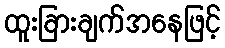
ထူးခြားချက်အနေဖြင့်